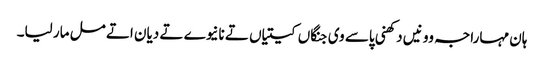
ہان مہاراجہ وو نیں دکھنی پاسے وی جنگاں کیتیاں تے نانیوے تے دیان اتے مل مار لیا۔